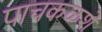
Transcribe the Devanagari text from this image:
पाचकळशे